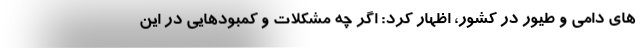
های دامی و طیور در کشور، اظهار کرد: اگر چه مشکلات و کمبودهایی در این